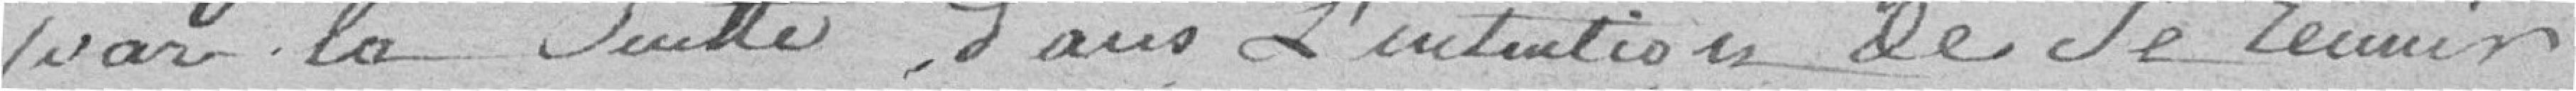
par la suite, dans l'intention de se réunir